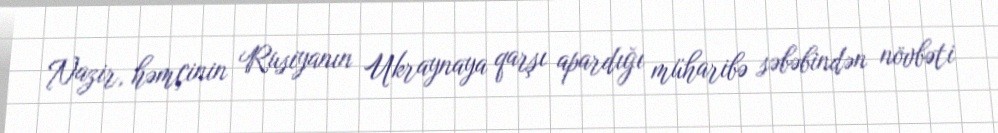
Nazir, həmçinin Rusiyanın Ukraynaya qarşı apardığı müharibə səbəbindən növbəti